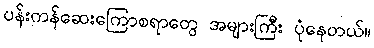
ပန်းကန်ဆေးကြောစရာတွေ အများကြီး ပုံနေတယ်။